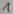
Text: 1